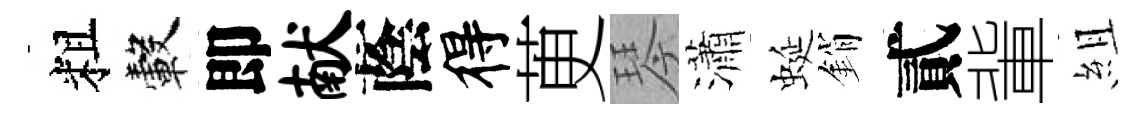
粗轂即献蔭得茰琴瀟蜒銷貳軰組